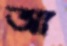
আ